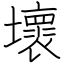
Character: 壞